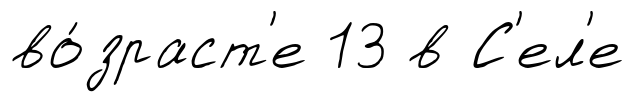
во́зраст'е 13 в С'ел'е